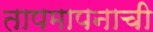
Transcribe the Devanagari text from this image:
तापमापनाची